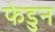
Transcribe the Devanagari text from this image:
फेडुन